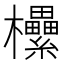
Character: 欙